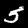
Digit: 5